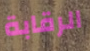
الرقابة